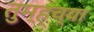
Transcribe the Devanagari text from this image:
तुम्ह्च्या